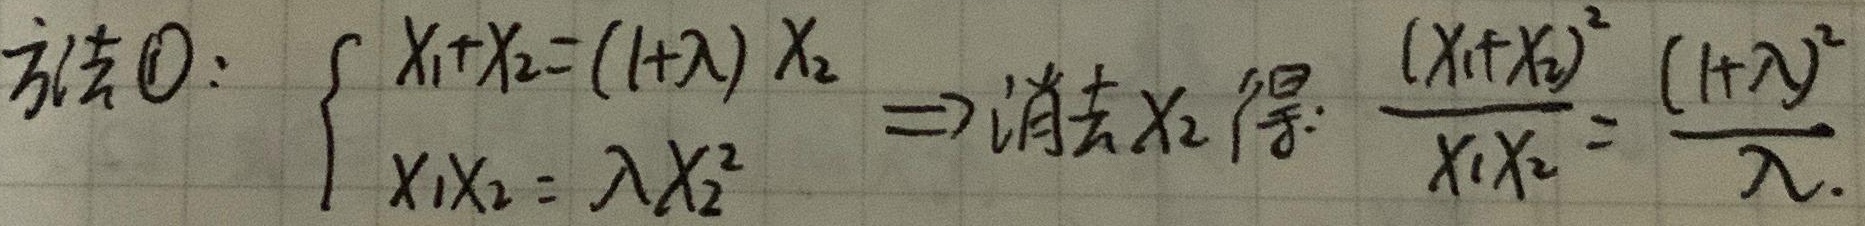
方法1：
\(\begin{cases}
x_{1}+x_{2}=(1 + \lambda)x_{2}\\
x_{1}x_{2}=\lambda x_{2}^{2}
\end{cases}\Rightarrow\)消去\(x_{2}\)得：\(\frac{(x_{1}+x_{2})^{2}}{x_{1}x_{2}}=\frac{(1 + \lambda)^{2}}{\lambda}\)